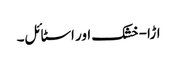
اڑا-خشک اور اسٹائل۔